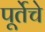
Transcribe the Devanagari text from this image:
पूर्तेचे